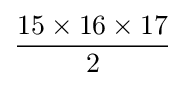
{\frac {15\times 16\times 17}{2}}